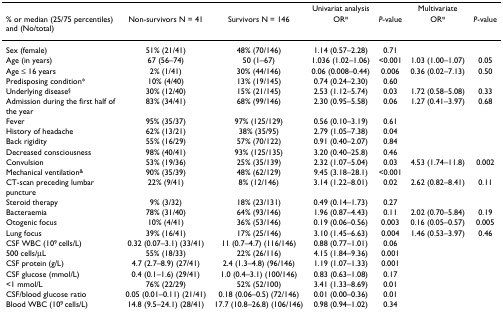
<table><thead><tr><td></td><td></td><td></td><td><b>Univariat analysis</b></td><td></td><td><b>Multivariate</b></td><td></td></tr><tr><td><b>% or median (25/75 percentiles) and (No/total)</b></td><td><b>Non-survivors N = 41</b></td><td><b>Survivors N = 146</b></td><td><b>OR<sup>¤</sup></b></td><td><b><i>P</i>-value</b></td><td><b>OR<sup>¤</sup></b></td><td><b><i>P</i>-value</b></td></tr></thead><tbody><tr><td>Sex (female)</td><td>51% (21/41)</td><td>48% (70/146)</td><td>1.14 (0.57–2.28)</td><td>0.71</td><td></td><td></td></tr><tr><td>Age (in years)</td><td>67 (56–74)</td><td>50 (1–67)</td><td>1.036 (1.02–1.06)</td><td>&lt;0.001</td><td>1.03 (1.00–1.07)</td><td>0.05</td></tr><tr><td>Age ≤ 16 years</td><td>2% (1/41)</td><td>30% (44/146)</td><td>0.06 (0.008–0.44)</td><td>0.006</td><td>0.36 (0.02–7.13)</td><td>0.50</td></tr><tr><td>Predisposing condition*</td><td>10% (4/40)</td><td>13% (19/145)</td><td>0.74 (0.24–2.30)</td><td>0.60</td><td></td><td></td></tr><tr><td>Underlying disease<sup>§</sup></td><td>30% (12/40)</td><td>15% (21/145)</td><td>2.53 (1.12–5.74)</td><td>0.03</td><td>1.72 (0.58–5.08)</td><td>0.33</td></tr><tr><td>Admission during the first half of the year</td><td>83% (34/41)</td><td>68% (99/146)</td><td>2.30 (0.95–5.58)</td><td>0.06</td><td>1.27 (0.41–3.97)</td><td>0.68</td></tr><tr><td>Fever</td><td>95% (35/37)</td><td>97% (125/129)</td><td>0.56 (0.10–3.19)</td><td>0.61</td><td></td><td></td></tr><tr><td>History of headache</td><td>62% (13/21)</td><td>38% (35/95)</td><td>2.79 (1.05–7.38)</td><td>0.04</td><td></td><td></td></tr><tr><td>Back rigidity</td><td>55% (16/29)</td><td>57% (70/122)</td><td>0.91 (0.40–2.07)</td><td>0.84</td><td></td><td></td></tr><tr><td>Decreased consciousness</td><td>98% (40/41)</td><td>93% (125/135)</td><td>3.20 (0.40–25.8)</td><td>0.46</td><td></td><td></td></tr><tr><td>Convulsion</td><td>53% (19/36)</td><td>25% (35/139)</td><td>2.32 (1.07–5.04)</td><td>0.03</td><td>4.53 (1.74–11.8)</td><td>0.002</td></tr><tr><td>Mechanical ventilation<sup>&amp;</sup></td><td>90% (35/39)</td><td>48% (62/129)</td><td>9.45 (3.18–28.1)</td><td>&lt;0.001</td><td></td><td></td></tr><tr><td>CT-scan preceding lumbar puncture</td><td>22% (9/41)</td><td>8% (12/146)</td><td>3.14 (1.22–8.01)</td><td>0.02</td><td>2.62 (0.82–8.41)</td><td>0.11</td></tr><tr><td>Steroid therapy</td><td>9% (3/32)</td><td>18% (23/131)</td><td>0.49 (0.14–1.73)</td><td>0.27</td><td></td><td></td></tr><tr><td>Bacteraemia</td><td>78% (31/40)</td><td>64% (93/146)</td><td>1.96 (0.87–4.43)</td><td>0.11</td><td>2.02 (0.70–5.84)</td><td>0.19</td></tr><tr><td>Otogenic focus</td><td>10% (4/41)</td><td>36% (53/146)</td><td>0.19 (0.06–0.56)</td><td>0.003</td><td>0.16 (0.05–0.57)</td><td>0.005</td></tr><tr><td>Lung focus</td><td>39% (16/41)</td><td>17% (25/146)</td><td>3.10 (1.45–6.63)</td><td>0.004</td><td>1.46 (0.53–3.97)</td><td>0.46</td></tr><tr><td>CSF WBC (10<sup>9 </sup>cells/L)</td><td>0.32 (0.07–3.1) (33/41)</td><td>11 (0.7–4.7) (116/146)</td><td>0.88 (0.77–1.01)</td><td>0.06</td><td></td><td></td></tr><tr><td>500 cells/μL</td><td>55% (18/33)</td><td>22% (26/116)</td><td>4.15 (1.84–9.36)</td><td>0.001</td><td></td><td></td></tr><tr><td>CSF protein (g/L)</td><td>4.7 (2.7–8.9) (27/41)</td><td>2.4 (1.3–4.8) (96/146)</td><td>1.19 (1.07–1.33)</td><td>0.001</td><td></td><td></td></tr><tr><td>CSF glucose (mmol/L) </td><td>0.4 (0.1–1.6) (29/41) </td><td>1.0 (0.4–3.1) (100/146) </td><td>0.83 (0.63–1.08) </td><td>0.17 </td><td></td><td></td></tr><tr><td>&lt;1 mmol/L</td><td>76% (22/29)</td><td>52% (52/100)</td><td>3.41 (1.33–8.69)</td><td>0.01</td><td></td><td></td></tr><tr><td>CSF/blood glucose ratio</td><td>0.05 (0.01–0.11) (21/41)</td><td>0.18 (0.06–0.5) (72/146)</td><td>0.01 (0.00–0.36)</td><td>0.01</td><td></td><td></td></tr><tr><td>Blood WBC (10<sup>9 </sup>cells/L)</td><td>14.8 (9.5–24.1) (28/41)</td><td>17.7 (10.8–26.8) (106/146)</td><td>0.98 (0.94–1.02)</td><td>0.34</td><td></td><td></td></tr></tbody></table>